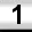
Digit: 1